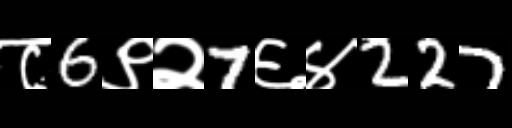
Text: ८6९२7६४227